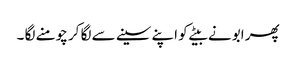
پھر ابو نے بیٹے کو اپنے سینے سے لگا کر چومنے لگا ۔